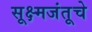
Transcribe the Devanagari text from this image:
सूक्ष्मजंतूचे